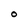
Character: O